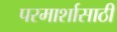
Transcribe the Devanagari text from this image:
परमार्शासाठी